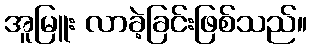
အူမြူး လာခဲ့ခြင်းဖြစ်သည်။